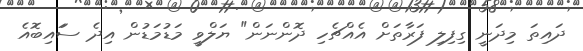
ދައިތަ މިދަނީ ގިފިލި ފަރާތަށް އެއްޗެހި ދޮންނަން" ޔަލްވީ މަޑުމަޑުން އިދެ ސަައިބޮއެ